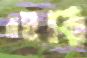
রইবি